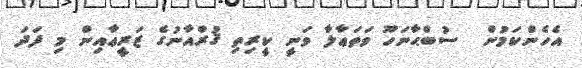
އެހެންކަމުން  ސުބްޙާނަހޫ ވަތަޢާލާ ވަނީ ކީރިތި ޤުރްއާނުގެ ޒަރީޢާއިން މި ފަދަ